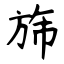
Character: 旆